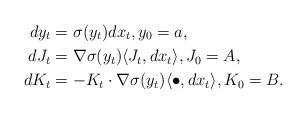
LaTeX: \begin{align*} dy_t &= \sigma (y_t) dx_t, y_0 =a, \\dJ_t &= \nabla\sigma (y_t) \langle J_t, dx_t \rangle, J_0 =A, \\dK_t &= - K_t \cdot \nabla\sigma (y_t) \langle \bullet, dx_t \rangle, K_0 =B. \end{align*}